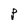
Character: P